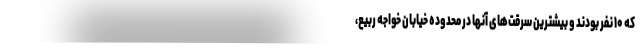
که ۱۰ نفر بودند و بیشترین سرقت‌های آنها در محدوده خیابان خواجه ربیع،